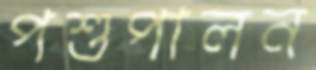
পশুপালন